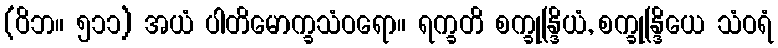
(ဝိဘ။ ၅၁၁) အယံ ပါတိမောက္ခသံဝရော။ ရက္ခတိ စက္ခုန္ဒြိယံ, စက္ခုန္ဒြိယေ သံဝရံ